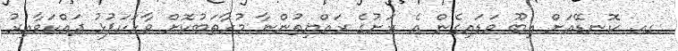
ގއ. ކޮނޑޭއަށް އިބޫ ވަޑައިގެން އެ ރަށުގެ ރައްޔިތުންނާ މުހާތަބުކޮށް ވާހަކަފުޅު ދައްކަވާއިރު